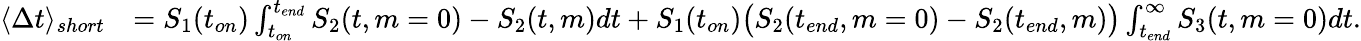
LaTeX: \begin{array}{rl}{\langle\Delta t\rangle_{short}}&{=S_{1}(t_{on})\int_{t_{on}}^{t_{end}}S_{2}(t,m=0)-S_{2}(t,m)dt+S_{1}(t_{on})\big(S_{2}(t_{end},m=0)-S_{2}(t_{end},m)\big)\int_{t_{end}}^{\infty}S_{3}(t,m=0)dt.}\end{array}